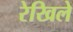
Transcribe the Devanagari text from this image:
रेखिले